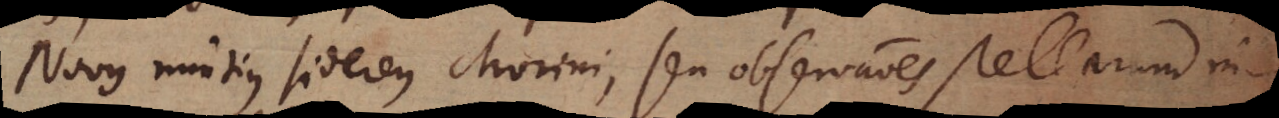
Novus nuntius sidereus Morini, seu observationes stellarum in-